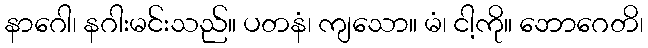
နာဂေါ၊ နဂါးမင်းသည်။ ပတနံ၊ ကျသော။ မံ၊ ငါ့ကို။ ဘောဂေတိ၊